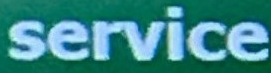
service